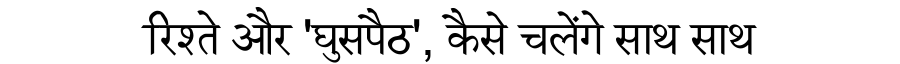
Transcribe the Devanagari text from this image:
रिश्ते और 'घुसपैठ', कैसे चलेंगे साथ साथ